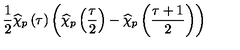
\frac { 1 } { 2 } \widehat { \chi } _ { p } \left( \tau \right) \left( \widehat { \chi } _ { p } \left( \frac { \tau } { 2 } \right) - \widehat { \chi } _ { p } \left( \frac { \tau + 1 } { 2 } \right) \right)